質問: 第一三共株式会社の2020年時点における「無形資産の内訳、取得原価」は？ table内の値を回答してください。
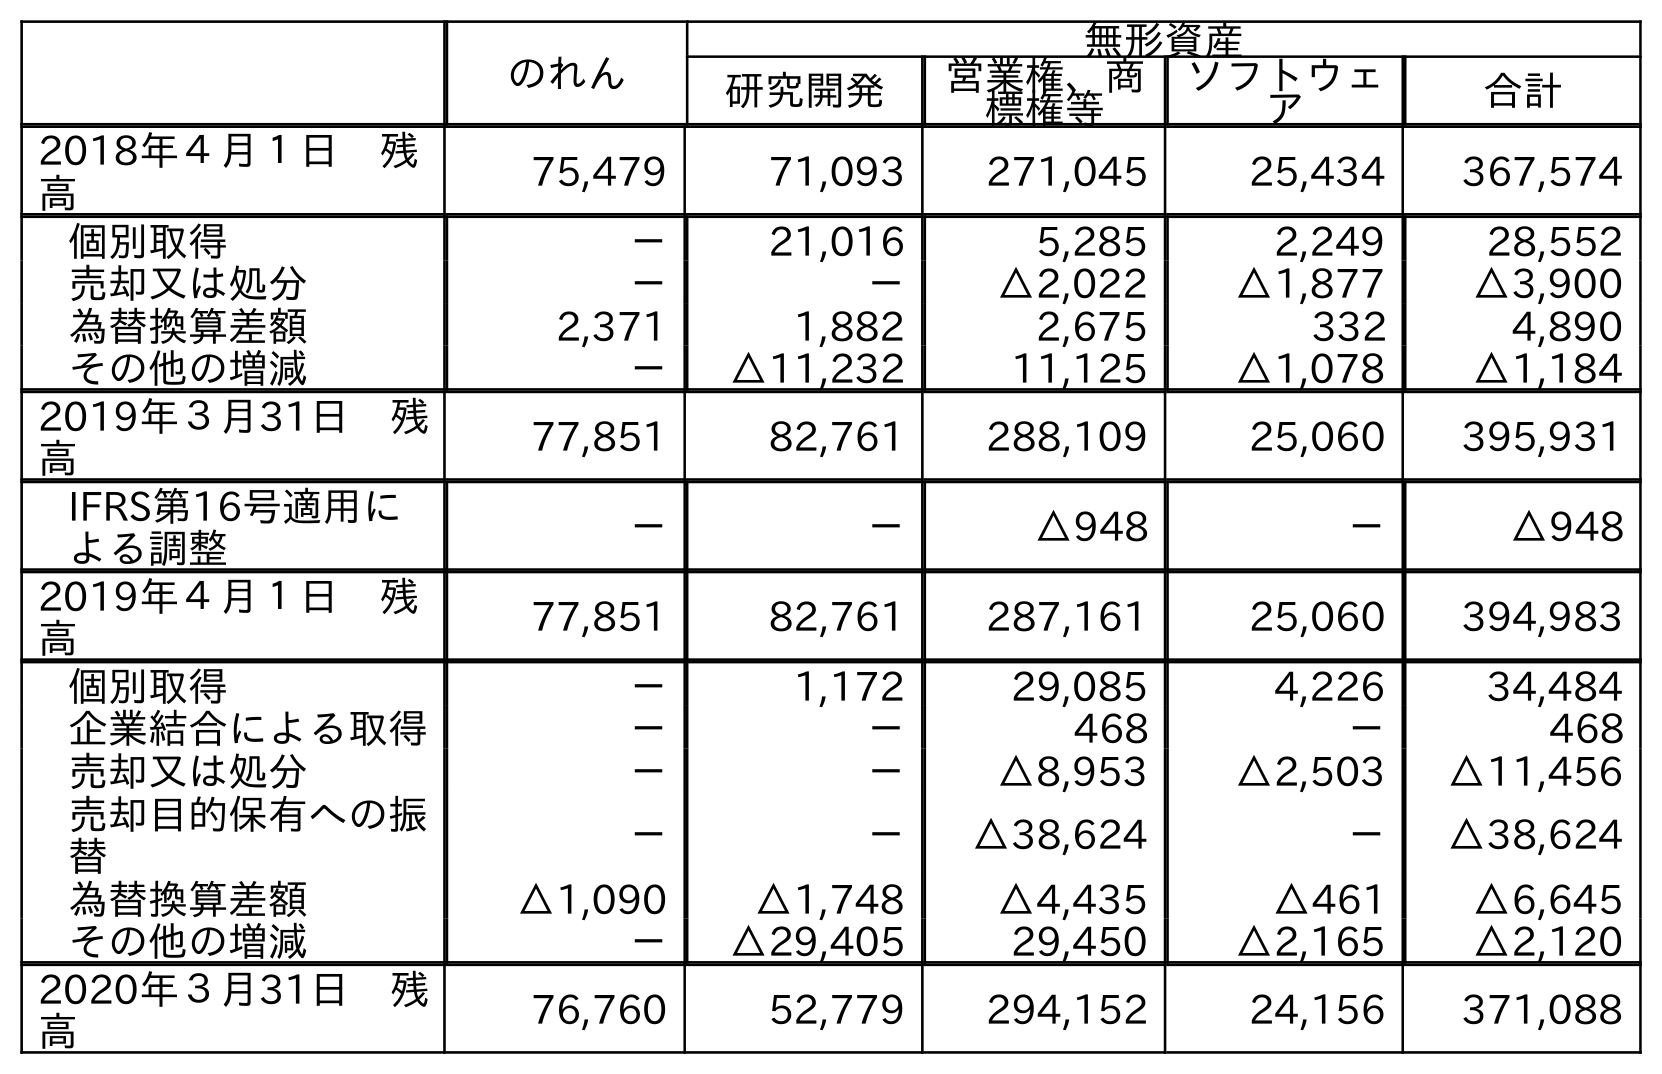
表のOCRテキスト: のれん 無形資産 研究開発 営業権、商 標権等 ソフトウェ ア 合計 2018年４月１日 残 高 75,479 71,093 271,045 25,434 367,574 個別取得 － 21,016 5,285 2,249 28,552 売却又は処分 － － △2,022 △1,877 △3,900 為替換算差額 2,371 1,882 2,675 332 4,890 その他の増減 － △11,232 11,125 △1,078 △1,184 2019年３月31日 残 高 77,851 82,761 288,109 25,060 395,931 IFRS第16号適用に よる調整 － － △948 － △948 2019年４月１日 残 高 77,851 82,761 287,161 25,060 394,983 個別取得 － 1,172 29,085 4,226 34,484 企業結合による取得 － － 468 － 468 売却又は処分 － － △8,953 △2,503 △11,456 売却目的保有への振 替 － － △38,624 － △38,624 為替換算差額 △1,090 △1,748 △4,435 △461 △6,645 その他の増減 － △29,405 29,450 △2,165 △2,120 2020年３月31日 残 高 76,760 52,779 294,152 24,156 371,088
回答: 371,088